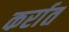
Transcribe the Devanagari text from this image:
कर्रात